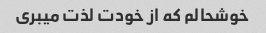
خوشحالم که از خودت لذت میبری